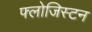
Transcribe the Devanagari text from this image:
फ्लोजिस्टन